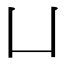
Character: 凵